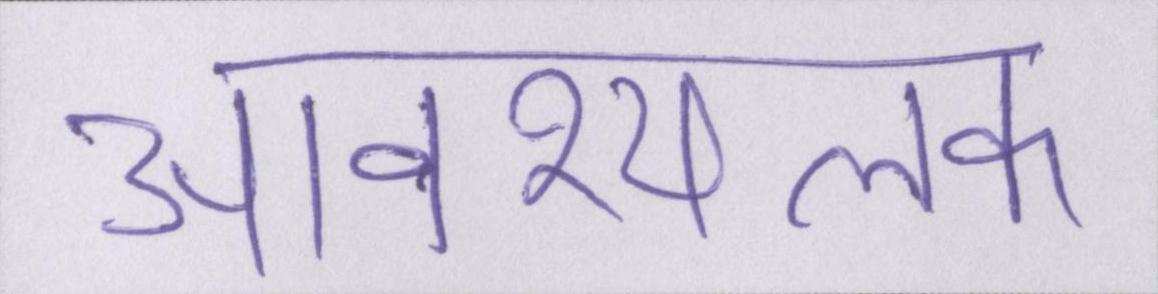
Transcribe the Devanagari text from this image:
आवश्यलक